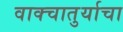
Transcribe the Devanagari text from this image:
वाक्चातुर्याचा